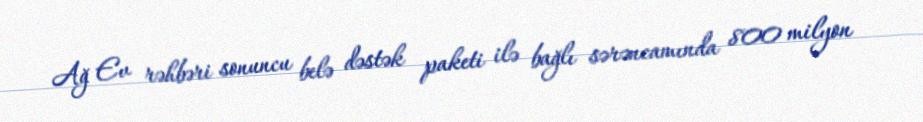
Ağ Ev rəhbəri sonuncu belə dəstək paketi ilə bağlı sərəncamında 800 milyon